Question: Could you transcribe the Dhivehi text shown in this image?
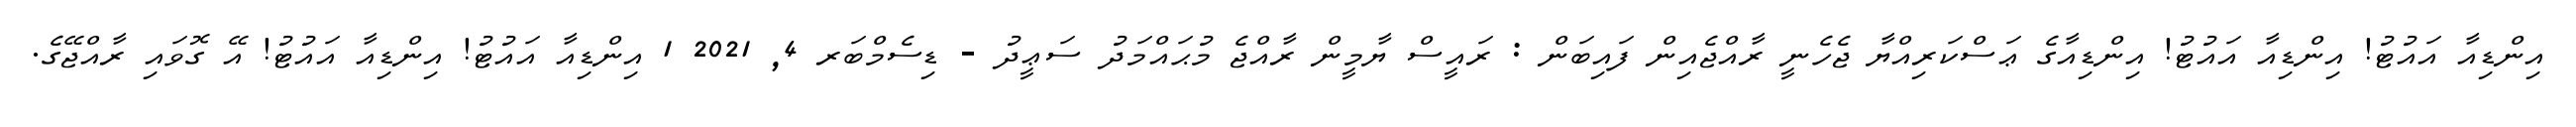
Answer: އިންޑިއާ އައުޓު! އިންޑިއާ އައުޓު! އިންޑިއާގެ ޢަސްކަރިއްޔާ ޖެހެނީ ރާއްޖެއިން ފައިބަން : ރައީސް ޔާމީން ރާއްޖެ މުޙައްމަދު ސަޢީދު - ޑިސެމްބަރ 4, 2021 1 އިންޑިއާ އައުޓު! އިންޑިއާ އައުޓު! އޭ ގޮވައި ރާއްޖޭގެ.